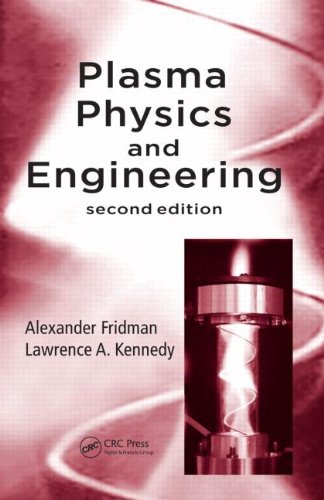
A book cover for Plasma Physics and Engineering, Second Edition; Alexander Fridman; Science & Math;